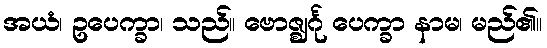
အယံ၊ ဥပေက္ခာ၊ သည်။ ဗောဇ္ဈင်္ဂု ပေက္ခာ နာမ၊ မည်၏။